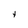
Character: y